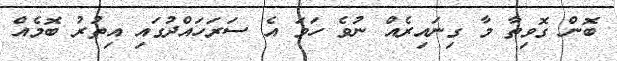
ބޮން ގޮވިތާ މާ ގިނައިރެއް ނުވެ ހަމަ އެ ސަރަހައްދުގައި އިތުރު ބޮމެއް